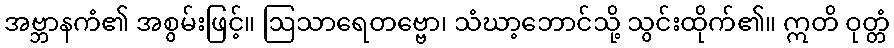
အဗ္ဘာနကံ၏ အစွမ်းဖြင့်။ ဩသာရေတဗ္ဗော၊ သံဃာ့ဘောင်သို့ သွင်းထိုက်၏။ ဣတိ ဝုတ္တံ